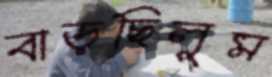
বাড়ছিলুম